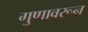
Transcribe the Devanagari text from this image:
गुणावरून